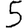
Digit: 5